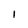
Character: I